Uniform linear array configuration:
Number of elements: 64
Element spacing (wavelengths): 0.25
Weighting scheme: cosine
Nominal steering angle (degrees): -15
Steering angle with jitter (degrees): -13.676
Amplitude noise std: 0.05
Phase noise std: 0.05

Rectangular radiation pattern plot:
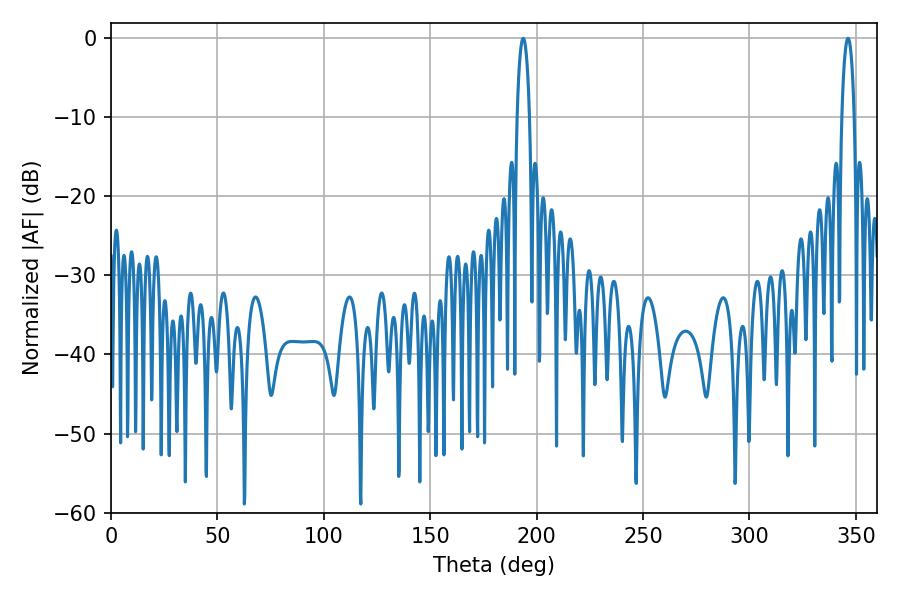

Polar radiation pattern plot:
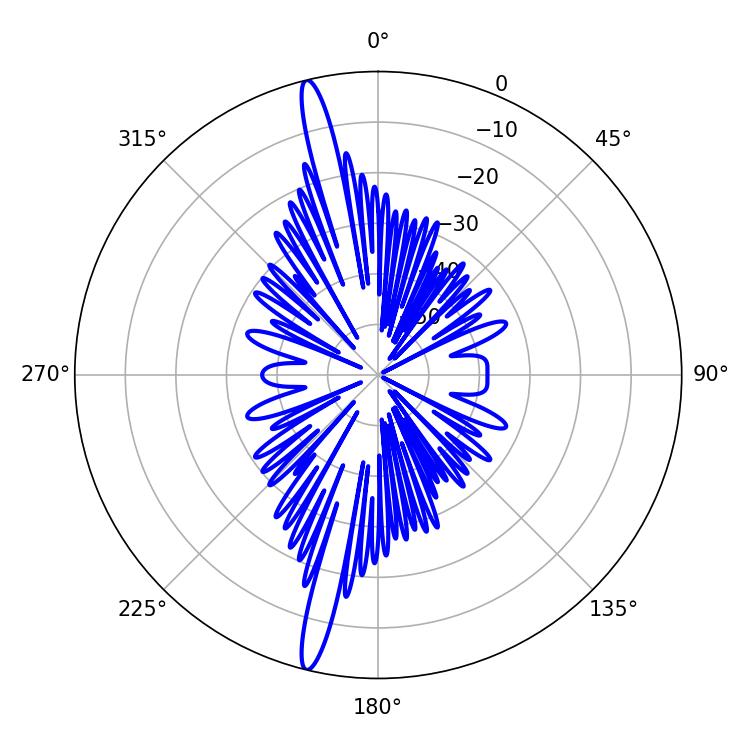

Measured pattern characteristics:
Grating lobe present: FALSE
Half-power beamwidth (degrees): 3.24
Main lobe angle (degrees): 193.68